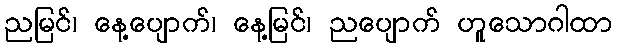
ညမြင်၊ နေ့ပျောက်၊ နေ့မြင်၊ ညပျောက် ဟူသောဂါထာ